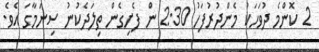
2 ކޮންމެ ދުވަހަކު މެންދުރުފަހު 2:30 ން ފެށިގެން ތިލަދެކުނު ސިނަމާގަ އެވެ.